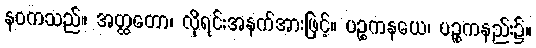
နဝကသည်။ အတ္ထတော၊ လိုရင်းအနက်အားဖြင့်။ ပဉ္စကနယေ၊ ပဉ္စကနည်း၌။